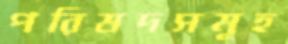
পরিষদসমূহ